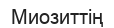
Миозиттің